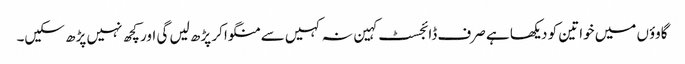
گاوؤں میں خواتین کو دیکھا ہے صرف ڈائجسٹ کہین نہ کہیں سے منگوا کر پڑھ لیں گی اور کچھ نہیں پڑھ سکیں۔